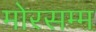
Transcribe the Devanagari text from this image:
मोरसम्म